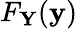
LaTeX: F_{\mathbf{Y}}(\mathbf{y})